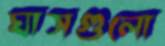
ঘাসগুলো